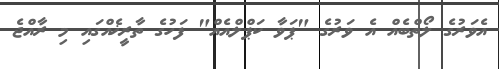
އެވަރުގެ ލޯތްބެއް އެ ވަރުގެ "ޕަވާ ކަޕްލްއެއް" ފަހުގެ ތާރީޚެއްގައި މި ރާއްޖެ